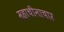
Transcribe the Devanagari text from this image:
महाचीनाचार